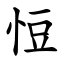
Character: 㤱